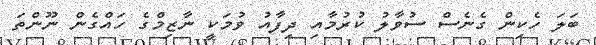
ބަލަ ހެކިން ގެނެސް ސުވާލު ކުރުމާއި ދިފާއު ވުމަކީ ނާޒިމްގެ ހައްގެން ނޫންތަ